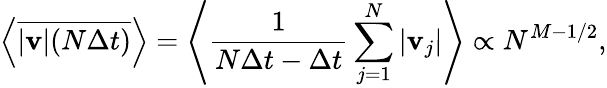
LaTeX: \left<\overline{{|\mathbf{v}|(N\Delta t)}}\right>=\left<\frac{1}{N\Delta t-\Delta t}\sum_{j=1}^{N}|\mathbf{v}_{j}|\right>\propto N^{M-1/2},